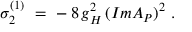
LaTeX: \sigma _ { 2 } ^ { ( 1 ) } \, \, = \, \, - \, 8 \, g _ { H } ^ { 2 } \, ( I m A _ { P } ) ^ { 2 } \, \, .